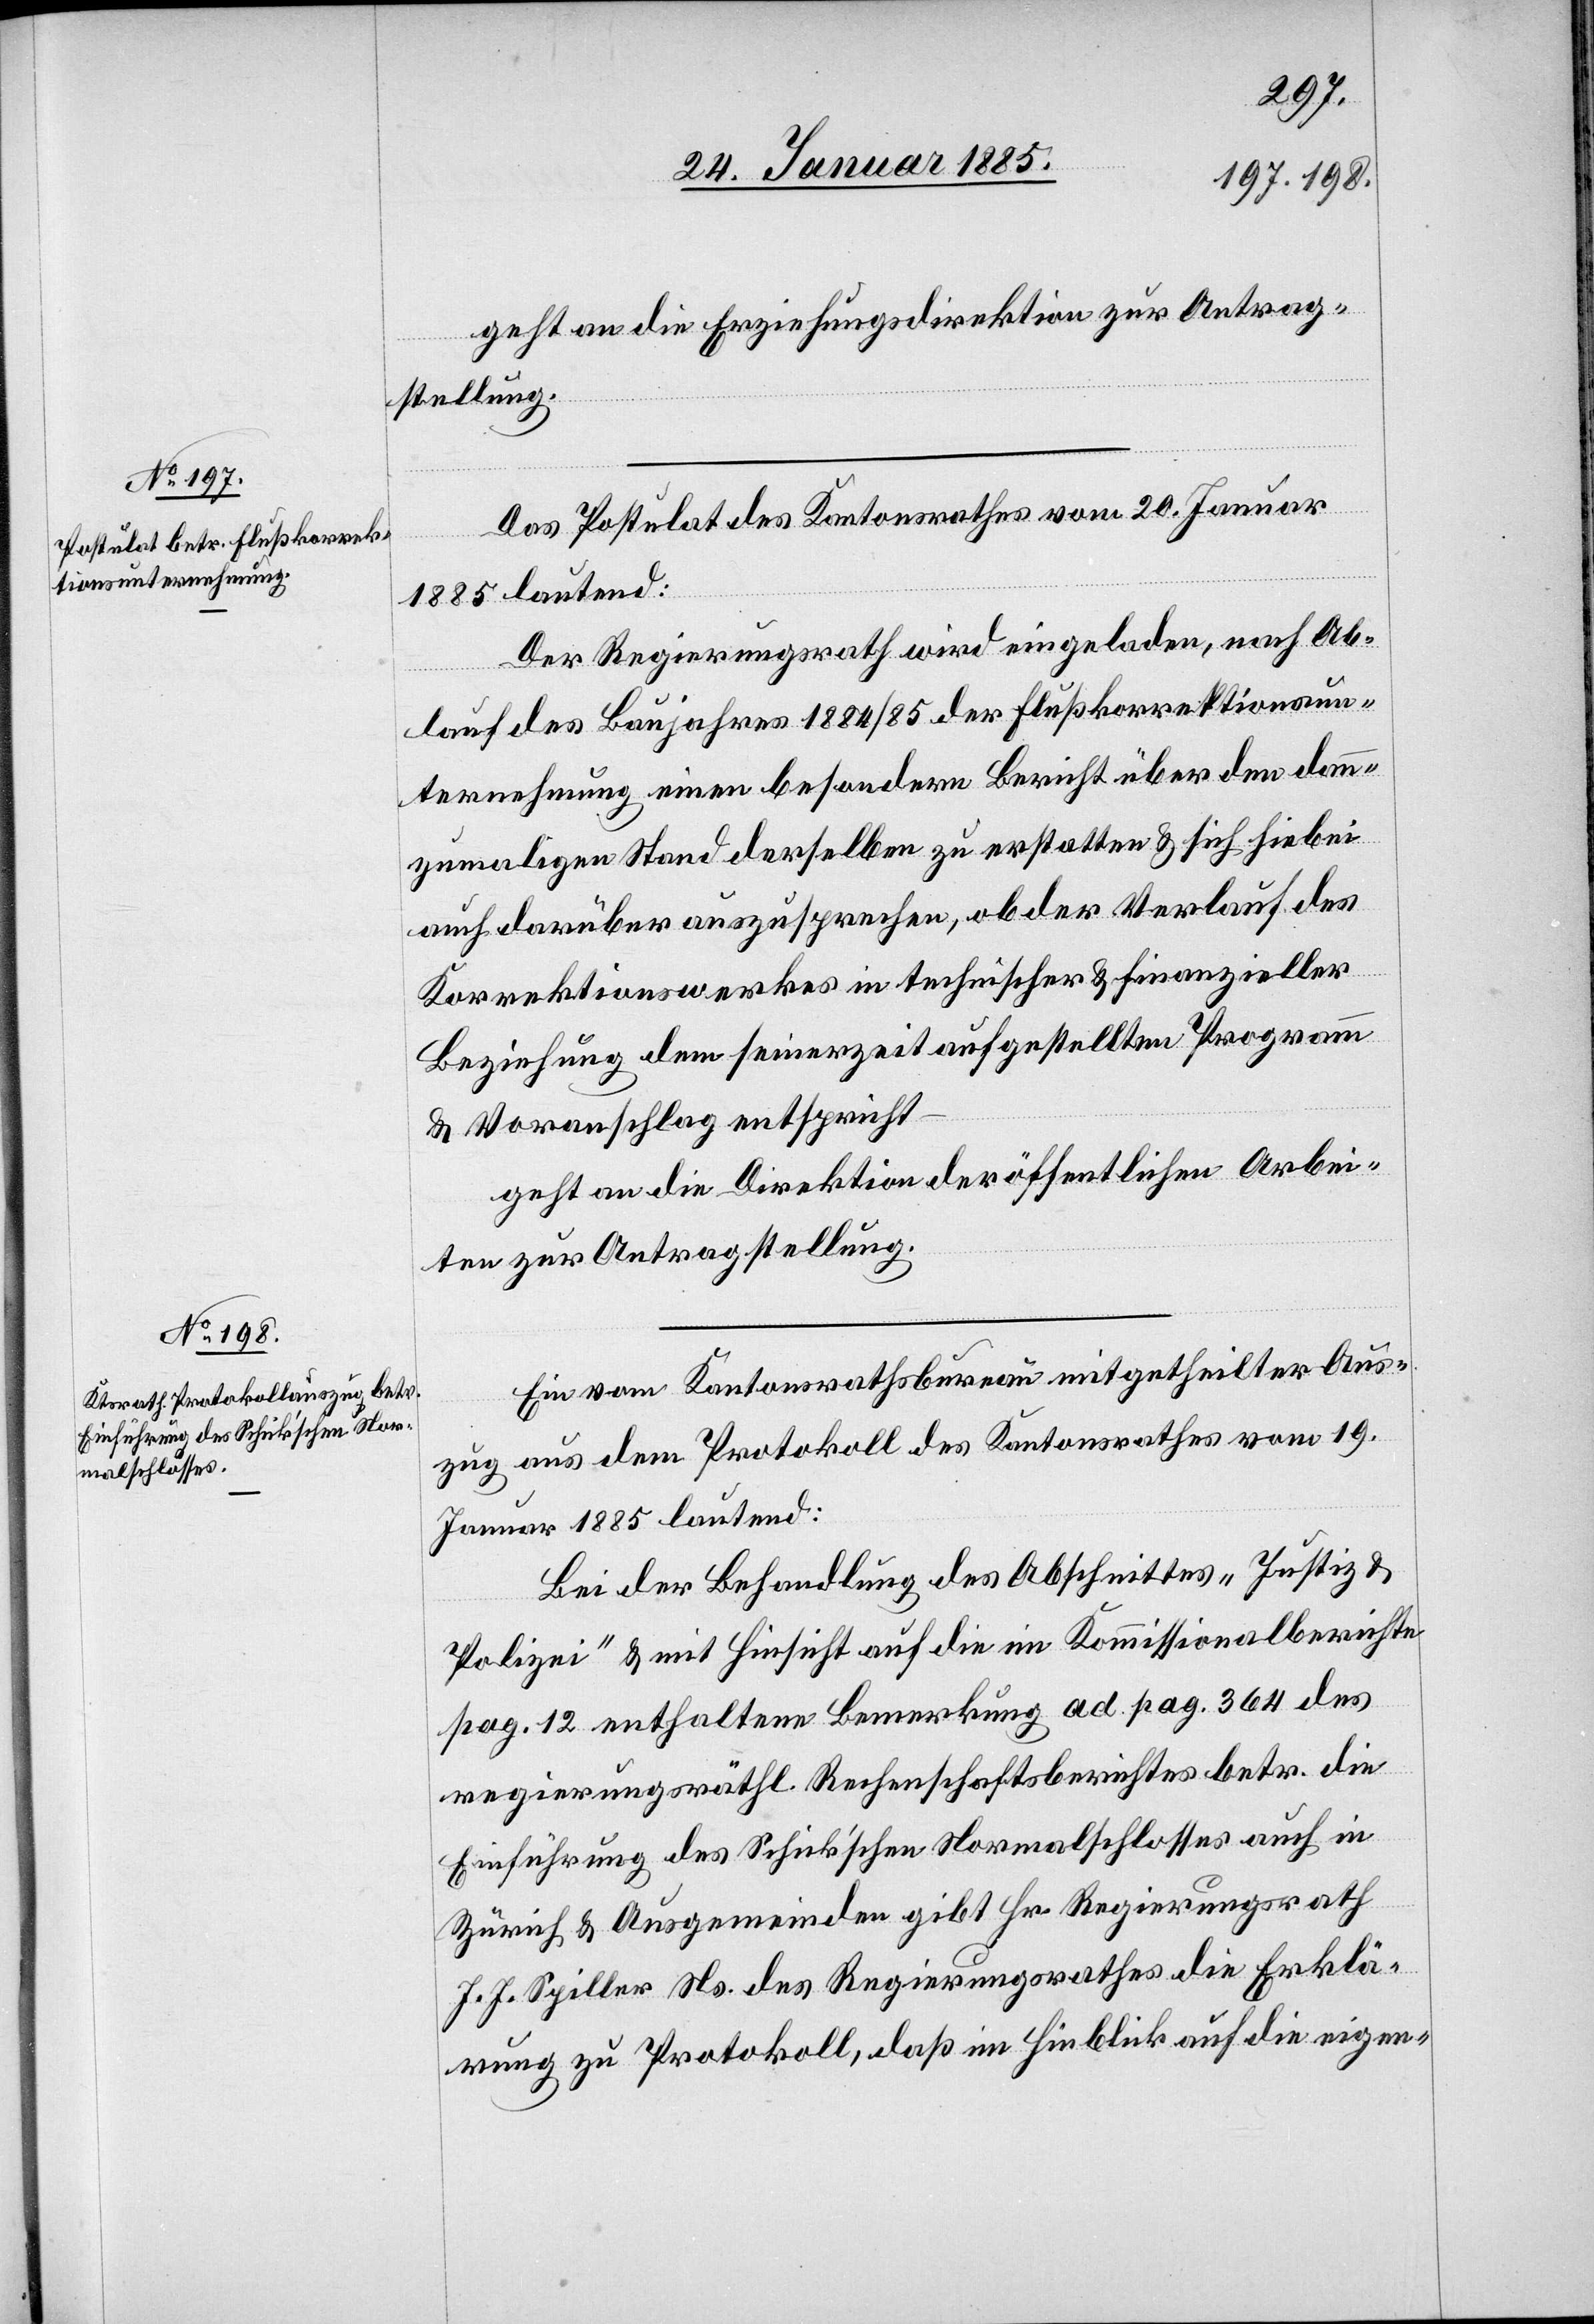
geht an die Erziehungsdirektion zur Antrag¬
ung.
stell¬
Das Postulat des Kantonsrathes vom 20. Januar
1885 lautend:
Der Regierungsrath wird eingeladen, nach Ab¬
lauf des Baujahres 1884/85 der Flußkorrektionsun¬
ternehmung einen besondern Bericht über den dann¬
zumaligen Stand derselben zu erstatten & sich hiebei
auch darüber auszusprechen, ob der Verlauf des
Korrektionswerkes in technischer & finanzieller
Beziehung dem seinerzeit aufgestellten Programm
& Voranschlag entspricht
geht an die Direktion der öffentlichen Arbei¬
ten zur Antragstellung.
Ein vom Kantonsrathsbureau mitgetheilter Aus¬
zug aus dem Protokoll des Kantonsrathes vom 19.
Januar 1885 lautend:
Bei der Behandlung des Abschnittes „Justiz-
Polizei“ & mit Hinsicht auf die im Kommissionalberichte
pag. 12 enthaltene Bemerkung ad pag. 364 des
regierungsräthl. Rechenschaftsberichtes betr. die
Einführung des Schick’schen Normalschlosses auch in
Zürich & Ausgemeinden gibt Hr. Regierungsrath
J. J. Spiller Ns. des Regierungsrathes die Erklä¬
rung zu Protokoll, daß im Hinblick auf die eigen-